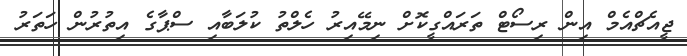
ޖީއެޗްއެމް އިން ރިސޯޓް ތަރައްގީކޮށް ނިމޭއިރު ހެލްތު ކުލަބާއި ސްޕާގެ އިތުރުން ހަތަރު